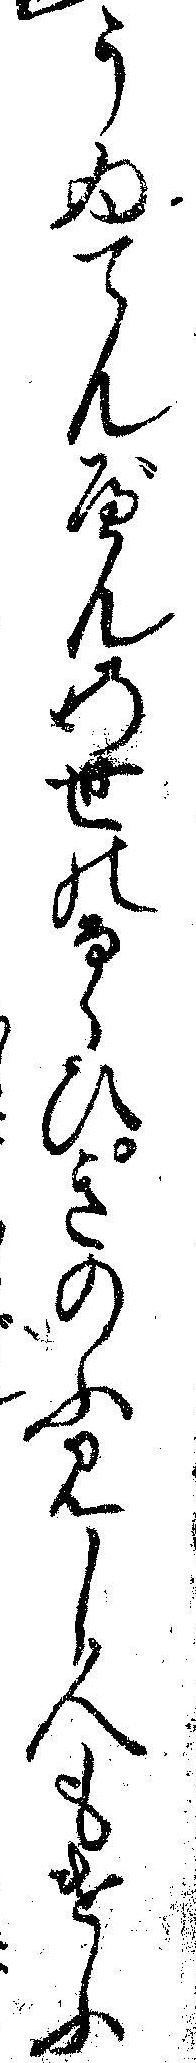
うゐてんべんの世のならひきのふ見し人もけふ